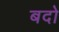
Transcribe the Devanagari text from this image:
बदो